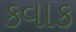
કવાક